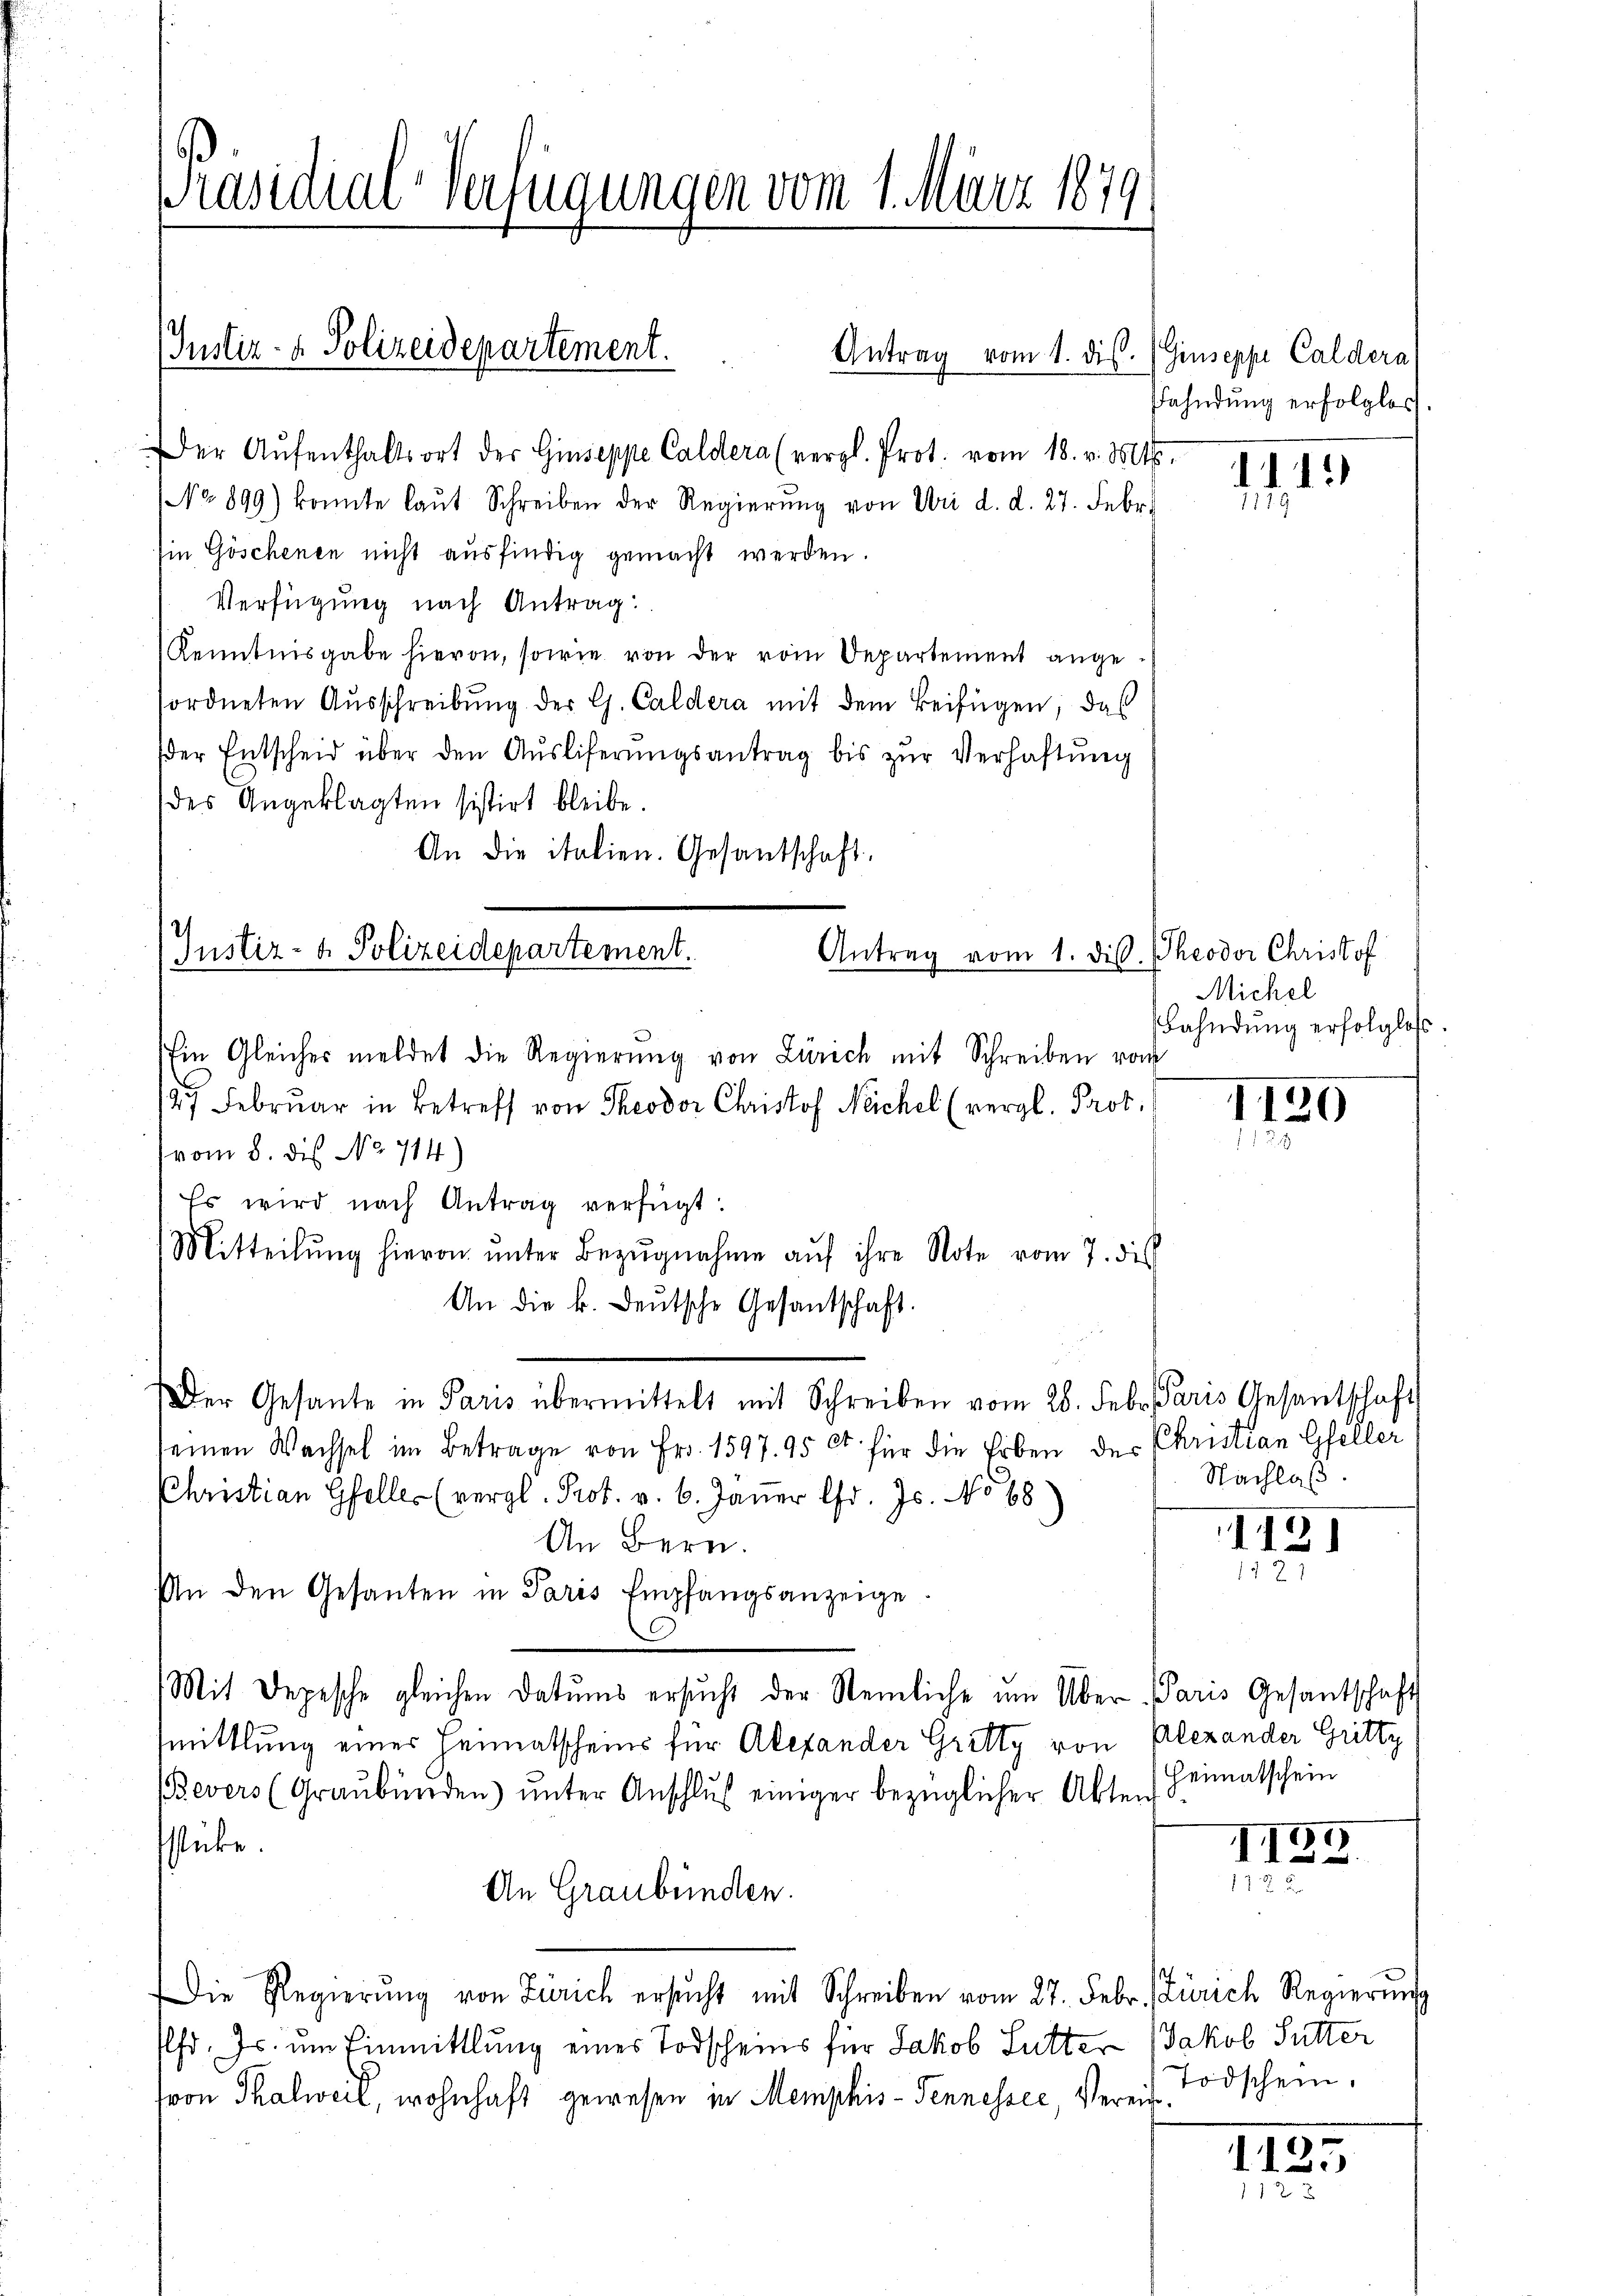
Präsidial-Verfügungen vom 1. März 1879

2
Justiz- & Polizeidepartement.

(Justiz- & Polizeidepartement.

Antrag vom 1. dis. (Giuseppe Caldera
Der Aŭfenthaltsort der Giuseppe Caldera (vergl. Prot. vom 18. v. Mts.
No 899) konnte laŭt Schreiben der Regierŭng von Uri d. d. 27. Febr.
Ein Göschenen nicht ausfindig gemacht werden.
Verfügung nach Antrag:
Kenntnisgabe hievon, sowie von der vom Departement ange-
fordneten Ausschreibung der G. Caldera mit dem Beifügen, das
der Entscheid über den Ausliferungsantrag bis zur Verhaftung
des Angeklagten sistirt bleibe.
An die italien. Gesantschaft.
Ein Gleiches meldet die Regierŭng von Zürich mit Schreiben vom
27 Februar in Betreff von Theodor Christof Neichel (vergl. Prot.
(vom 8. des No 714.)
Es wird nach Antrag verfügt:
Mitteilŭng hievon ŭnter Bezŭgnahme aŭf ihre Note vom 7. dies
An die k. deŭtsche Gesantschaft.
Der Gesante in Paris übermittelt mit Schreiben vom 28. Febr. Paris Gesantschaft
seinen Wachsel im Betrage von Fr. 1597. 95 Ct. für die Erben der Christian Gfeller
Christian Gfeller (vergl. Prot. v. 6. Janer d. Js. No 68)
An Bern.
An den Gesanten in Paris Empfangsanzeige.
Mit Depesche gleichen Datums ersŭcht der Steinliche um Über Paris Gesantschaft
mittlung einer Heimatscheins für Alexander Gritty von Alexander Gritty
(Bevers (Graubünden ŭnter Anschlŭβ einiger bezüglicher Akten Heimatschein
stücke.
An Graubünden.
Die Regierŭng von Zürich ersŭcht mit Schreiben vom 27. Febr. Zürich Regierŭng
Pfr. Js. um Einmittlung eines Todscheins für Jakob Sutter Jakob Sutter
(von Thalweil, wohnhaft gewesen in Memphis-Pennessee, Verein¬

Antrag vom 1. dis. Theodor Christof

Fahndung erfolglos

Michel
Fahndung erfolglos.

.

1120

Nachlaß.

1131
1121

I139
17 x

Todschein.

1125
1 12 x